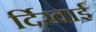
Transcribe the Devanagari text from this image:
र्दिखाई